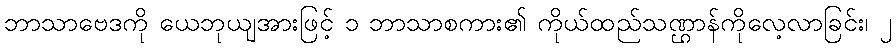
ဘာသာဗေဒကို ယေဘုယျအားဖြင့် ၁ ဘာသာစကား၏ ကိုယ်ထည်သဏ္ဌာန်ကိုလေ့လာခြင်း၊ ၂